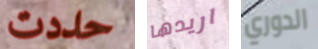
حددت اريدها الدوري